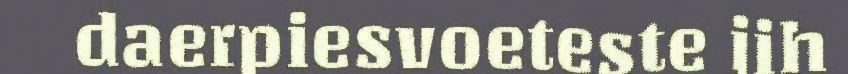
daerpiesvoeteste jih